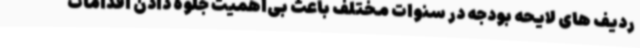
ردیف های لایحه بودجه در سنوات مختلف باعث بی‌اهمیت جلوه دادن اقدامات